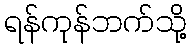
ရန်ကုန်ဘက်သို့